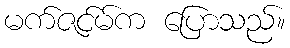
မက်ဇင်မ်က ပြောသည်။